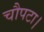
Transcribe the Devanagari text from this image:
चौपटा।